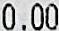
0.00